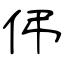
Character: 伄